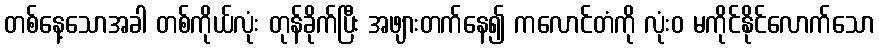
တစ်နေ့သောအခါ တစ်ကိုယ်လုံး တုန်ခိုက်ပြီး အဖျားတက်နေ၍ ကလောင်တံကို လုံးဝ မကိုင်နိုင်လောက်သော